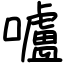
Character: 嚧